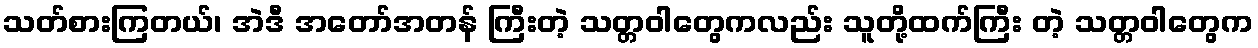
သတ်စားကြတယ်၊ အဲဒီ အတော်အတန် ကြီးတဲ့ သတ္တဝါတွေကလည်း သူတို့ထက်ကြီး တဲ့ သတ္တဝါတွေက